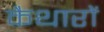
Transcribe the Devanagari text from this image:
कैथारों